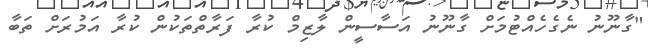
"ގާނޫނު ނެގެހެއްޓުމަށް ގާނޫނު އަސާސީން ލާޒިމް ކުރާ ފަރާތްތަކުން ކުރާ އަމުރަށް ތަބާ